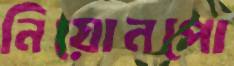
নিয়োনপো